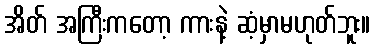
အိတ် အကြီးကတော့ ကားနဲ့ ဆံ့မှာမဟုတ်ဘူး။